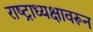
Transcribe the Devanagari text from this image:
राष्ट्राध्यक्षावरून